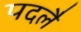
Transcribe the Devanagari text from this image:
पदलै